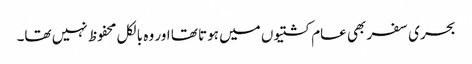
بحری سفر بھی عام کشتیوں میں ہوتا تھا اور وہ بالکل محفوظ نہیں تھا۔